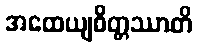
အထေယျစိတ္တဿာတိ